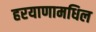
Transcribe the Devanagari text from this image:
हरयाणामधिल